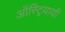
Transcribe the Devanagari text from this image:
ऑस्ट्रियायी